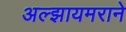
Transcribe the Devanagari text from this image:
अल्झायमराने